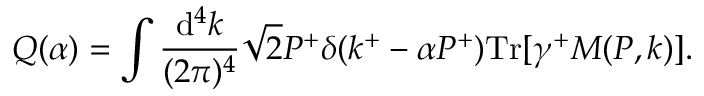
Q ( \alpha ) = \int \frac { \mathrm { d } ^ { 4 } k } { ( 2 \pi ) ^ { 4 } } \sqrt { 2 } P ^ { + } \delta ( k ^ { + } - \alpha P ^ { + } ) \mathrm { T r } [ \gamma ^ { + } M ( P , k ) ] .